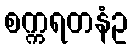
စက္ကရတနံဥ